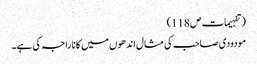
( تفہیمات ص 118)
مودودی صاحب کی مثال اندھوں میں کانا راجہ کی ہے۔